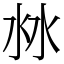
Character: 沝